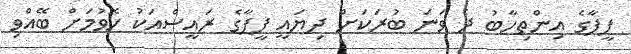
ފީފާގެ އިންތިހާބު ދެ ވަނަ ބުރަކަށް ދިޔައީ ފީފާގެ ރައީސްއަކު ހޮވުމަށް ބޭއްވި